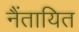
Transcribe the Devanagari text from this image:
नैंतायित